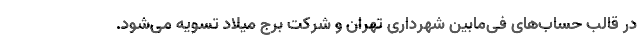
در قالب حساب‌های فی‌مابین شهرداری تهران و شرکت برج میلاد تسویه می‌شود.